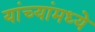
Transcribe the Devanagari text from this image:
यांच्यांमध्ये